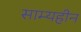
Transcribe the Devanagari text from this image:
साम्यहीन